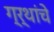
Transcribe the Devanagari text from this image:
ग्र्थांचे